Lunatic asylums United Prov. 1922-30 - 1922-1930
Year: 1922
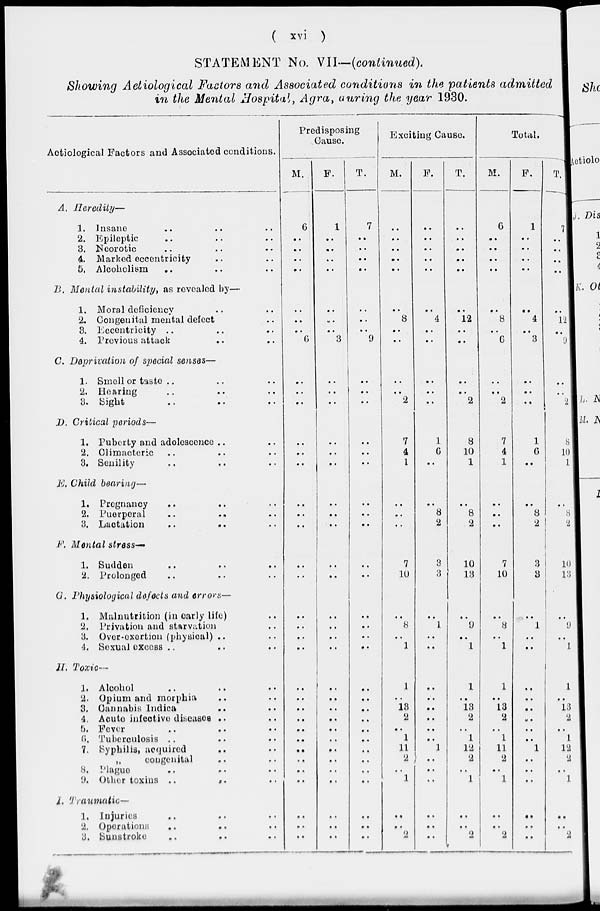
( xvi )
STATEMENT No. VII—(continued).
Showing Aeliological Factors and Associated conditions in the patients admitted
in the Mental Hospital, Agra, during the year 1930.
Aetiological Factors and Associated conditions.
A. Heredity—
1. Insane .. .. ..
2. Epileptic.. .. ..
3. Neorotic .. .. ..
4. Marked eccentricity .. ..
5. Alcoholism .. .. ..
B. Mental instability, as revealed by—
1. Moral deficiency .. ..
2. Congenital mental defect..
8. Eccentricity.. .. ..
4. Previous attack .. ..
C. Deprivation of special senses—
1. Smell or taste .. .. ..
2. Hearing .. .. ..
3. Sight .. .. ..
D. Critical periods—
1. Puberty and adolescence.. ..
2. Climacteric .. .. ..
3. Senility .. .. ..
E. Child bearing—
1. Pregnancy .. .. ..
2. Puerperal .. .. ..
3. Lactation
..
.. ..
F. Mental stress—
1. Sudden .. .. ..
2. Prolonged .. .. ..
G. Physiological defects and errors—
1. Malnutrition (in early life)..
2. Privation and starvation ..
3. Over-exertion (physical) .. ..
4. Sexual excess .. .. ..
21. Toxic—
1. Alcohol .. .. ..
2. Opium and morphia .. ..
3. Cannabis Indica .. ..
4. Acute infective disease .. ..
5. Fever .. .. ..
6. Tuberculosis .. .. ..
7. Syphilis, acquired .. ..
„
congenital .. ..
8. Plague
9. Other toxins ..
..
..
I. Traumatic—
1. Injuries .. .. ..
2. Operations .. .. ..
3.
Sunstroke .. .. ..
Predisposing
Cause.
M.
6
..
..
..
..
..
..
..
6
..
..
..
..
..
..
..
..
..
..
..
..
..
..
..
..
..
..
..
..
..
..
..
..
..
..
..
..
F.
1
..
..
..
..
..
..
..
3
..
..
..
..
..
..
..
..
..
..
..
..
..
..
..
..
..
..
..
..
..
..
..
..
..
..
..
..
T.
7
..
..
..
..
..
..
..
9
..
..
..
..
..
..
..
..
..
..
..
..
..
..
..
..
..
..
..
..
..
..
..
..
..
..
..
Exciting Cause.
M.
..
..
..
..
..
..
8
..
..
..
..
2
7
4
1
..
..
..
7
10
..
8
..
1
1
..
13
2
..
1
11
2
..
1
..
..
2
F.
..
..
..
..
..
..
4
..
..
..
..
..
1
6
..
..
8
2
3
3
..
1
..
..
..
..
..
..
..
..
1
..
..
..
..
..
T.
..
..
..
..
..
..
12
..
..
..
..
2
8
10
1
..
8
2
10
13
..
9
..
1
1
..
13
2
..
1
12
2
..
1
..
..
2
Total.
M.
6
..
..
..
..
..
8
..
6
..
..
2
7
4
1
..
..
..
7
10
..
8
..
1
1
..
13
2
..
1
11
2
..
1
..
..
2
F.
1
..
..
..
..
..
4
..
3
..
..
..
1
6
..
..
8
2
3
3
..
1
..
..
..
..
..
..
..
..
l
..
..
..
..
..
..
T.
7
..
..
..
..
12
..
9
..
..
2
8
10
1
..
8
2
10
13
..
9
..
1
1
..
13
2
..
1
12
2
..
1
..
..
2